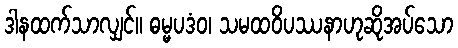
ဒါနထက်သာလျှင်။ ဓမ္မပဒံဝ၊ သမထဝိပဿနာဟုဆိုအပ်သော